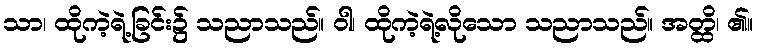
သာ၊ ထိုကဲ့ရဲ့ခြင်း၌ သညာသည်။ ဝါ၊ ထိုကဲ့ရဲ့လိုသော သညာသည်။ အတ္ထိ၊ ၏။